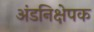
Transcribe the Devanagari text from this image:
अंडनिक्षेपक